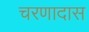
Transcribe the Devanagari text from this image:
चरणादास